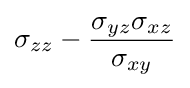
\sigma _{zz}-{\frac {\sigma _{yz}\sigma _{xz}}{\sigma _{xy}}}